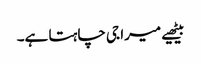
بیٹھیے میرا جی چاہتا ہے۔